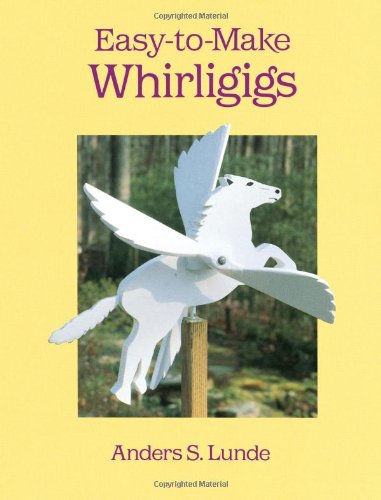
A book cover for Easy-to-Make Whirligigs (Dover Woodworking); Anders S. Lunde; Crafts, Hobbies & Home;